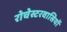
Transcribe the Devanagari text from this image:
रोचेस्टरवासियों